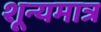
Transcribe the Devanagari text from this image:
शून्यमात्र